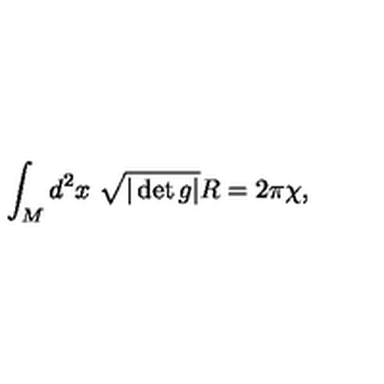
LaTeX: \int _ { M } d ^ { 2 } x \ \sqrt { | \det g | } R = 2 \pi \chi ,